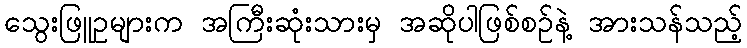
သွေးဖြူဥများက အကြီးဆုံးသားမှ အဆိုပါဖြစ်စဉ်နဲ့ အားသန်သည့်